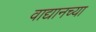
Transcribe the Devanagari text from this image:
वाद्यानच्या